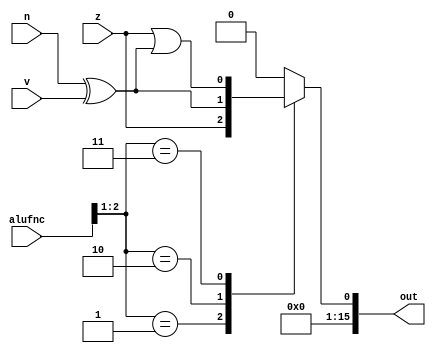
/*
   This file was generated automatically by Alchitry Labs version 1.2.7.
   Do not edit this file directly. Instead edit the original Lucid source.
   This is a temporary file and any changes made to it will be destroyed.
*/

module compare_16 (
    input z,
    input v,
    input n,
    input [5:0] alufnc,
    output reg [15:0] out
  );
  
  
  
  always @* begin
    out = 16'h0000;
    
    case (alufnc[1+1-:2])
      2'h1: begin
        out[0+0-:1] = z;
      end
      2'h2: begin
        out[0+0-:1] = n ^ v;
      end
      2'h3: begin
        out[0+0-:1] = z | (n ^ v);
      end
      default: begin
        out[0+0-:1] = 1'h0;
      end
    endcase
  end
endmodule